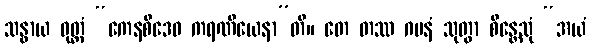
သန္ဓာယ ဝုတ္တံ “ကေနစိဒေဝ ကရဏီယေနာ”တိ။ တေ တဿ ဂမနံ သုတွာ စိန္တေသုံ “အယံ